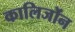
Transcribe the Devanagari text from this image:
कालिजोंन